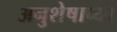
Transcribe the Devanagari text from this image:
अनुशेषाच्या